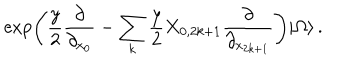
\exp \left( \frac { y } { 2 } \frac { \partial } { \partial _ { x _ { 0 } } } - \sum _ { k } \frac { y } { 2 } X _ { 0 , 2 k + 1 } \frac { \partial } { \partial _ { x _ { 2 k + 1 } } } \right) | \Omega \rangle \, .